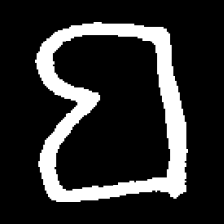
Pyu character \u2014 Myanmar letter: ဗ (romanized: ba)